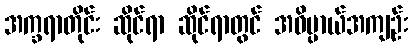
အက္ခရာတိုင်း ဆိုင်ရာ ဆိုင်ရာတွင် အဓိပ္ပာယ်အကျဉ်း